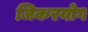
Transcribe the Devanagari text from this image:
जिकरयोग